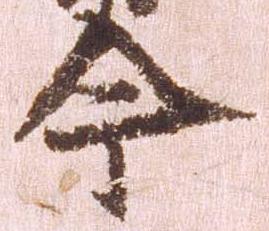
今